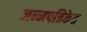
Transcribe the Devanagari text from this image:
जन्मपत्रिकेत